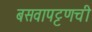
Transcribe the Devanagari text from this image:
बसवापट्टणची